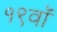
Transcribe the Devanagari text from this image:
१९वॉ